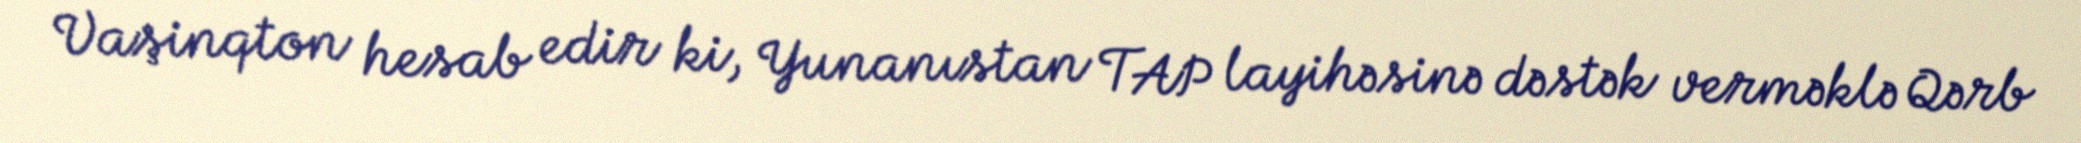
Vaşinqton hesab edir ki, Yunanıstan TAP layihəsinə dəstək verməklə Qərb